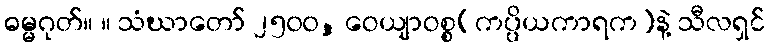
ဓမ္မဂုတ်။ ။ သံဃာတော် ၂၅၀၀, ဝေယျာဝစ္စ(ကပ္ပိယကာရက)နဲ့ သီလရှင်